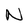
Character: N